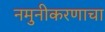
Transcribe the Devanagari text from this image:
नमुनीकरणाचा